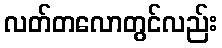
လတ်တလောတွင်လည်း